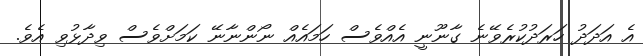
އެ އަދަދު ހަރަދުކުރެވޭނެ ގާނޫނީ އެއްވެސް ހަމައެއް ނޯންނާނޭ ކަމަށްވެސް ވިދާޅުވި އެވެ.